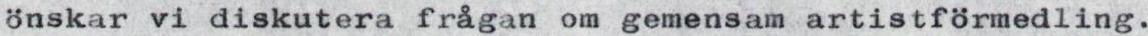
önskar vi diskutera frågan om gemensam artistförmedling.